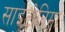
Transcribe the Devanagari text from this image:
साइटोनिमा